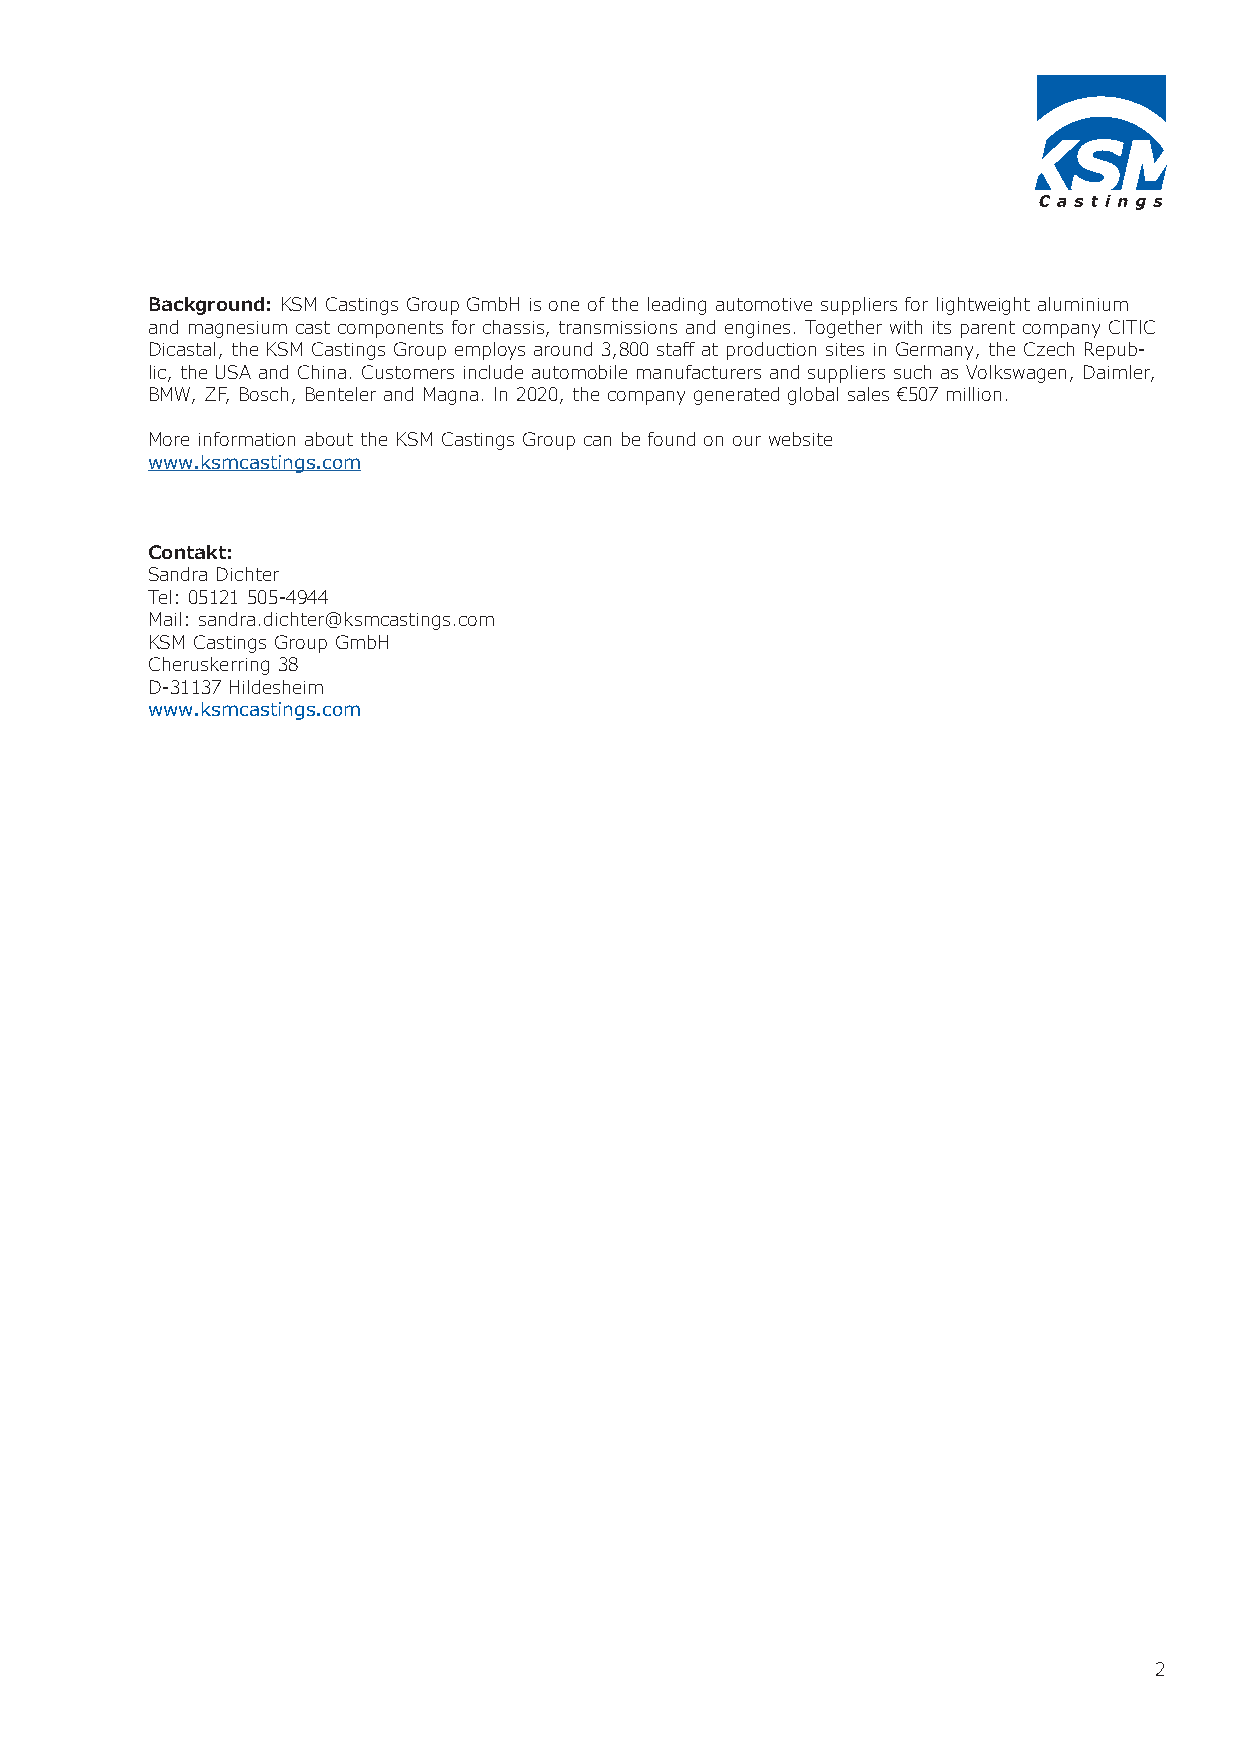
Background: KSM Castings Group GmbH is one of the leading automotive suppliers for lightweight aluminium
 and magnesium cast components for chassis, transmissions and engines. Together with its parent company CITIC
 Dicastal, the KSM Castings Group employs around 3,800 staff at production sites in Germany, the Czech Repub-
 lic, the USA and China. Customers include automobile manufacturers and suppliers such as Volkswagen, Daimler,
 BMW, ZF, Bosch, Benteler and Magna. In 2020, the company generated global sales €507 million.
 More information about the KSM Castings Group can be found on our website
 www.ksmcastings.com
 Contakt:
 Sandra Dichter
 Tel: 05121 505-4944
 Mail: sandra.dichter@ksmcastings.com
 KSM Castings Group GmbH
 Cheruskerring 38
 D-31137 Hildesheim
 www.ksmcastings.com
 2